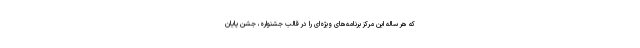
که هر ساله این مرکز برنامه‌های ویژه‌ای را در قالب جشنواره، جشن پایان